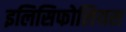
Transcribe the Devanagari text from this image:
इलिसिफोलियस